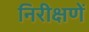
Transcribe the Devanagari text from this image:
निरीक्षणें